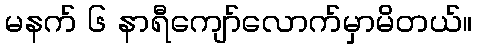
မနက် ၆ နာရီကျော်လောက်မှာမိတယ်။